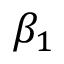
\beta _ { 1 }